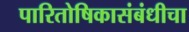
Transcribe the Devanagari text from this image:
पारितोषिकासंबंधीचा